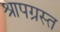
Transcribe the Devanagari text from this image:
श्रापग्रस्त